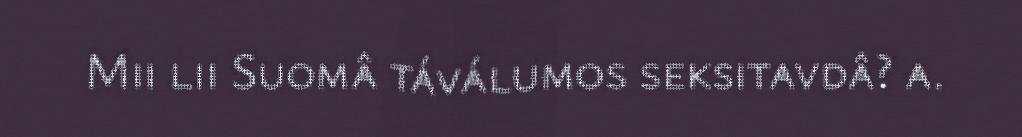
Mii lii Suomâ táválumos seksitavdâ? a.